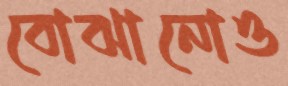
বোঝানোও